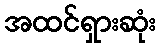
အထင်ရှားဆုံး